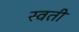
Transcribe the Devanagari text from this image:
स्वती